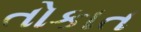
તોકાત